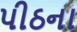
પીઠના